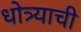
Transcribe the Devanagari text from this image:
धोत्र्याची